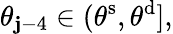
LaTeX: \theta_{\mathbf{j}-4}\in(\theta^{\mathrm{{s}}},\theta^{\mathrm{{d}}}],